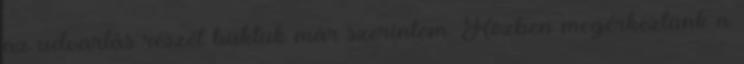
az udvarlás részét buktuk már szerintem. Közben megérkeztünk a